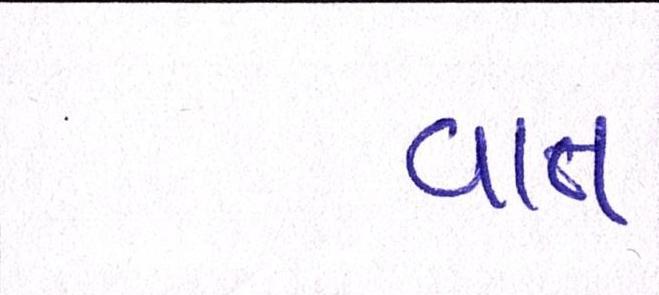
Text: વાત